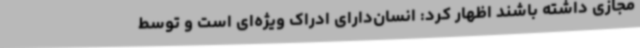
مجازی داشته باشند اظهار کرد: انسان‌دارای ادراک ویژه‌ای است و توسط